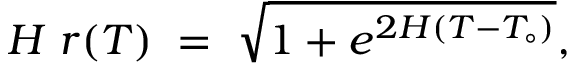
H \; r ( T ) \; = \; \sqrt { 1 + e ^ { 2 H ( T - T _ { \circ } ) } } ,